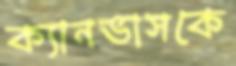
ক্যানভাসকে